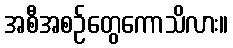
အစီအစဉ်တွေကောသိလား။